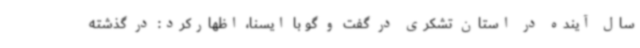
سال آینده در استان تشکری در گفت و گو با ایسنا، اظهارکرد: در گذشته